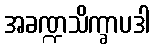
အခဏ္ဍသိက္ခာပဒါ